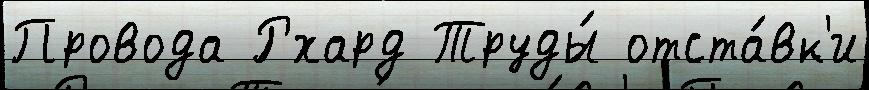
Провода Рхард Труды́ отста́вк'и